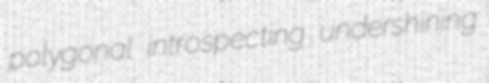
polygonal introspecting undershining